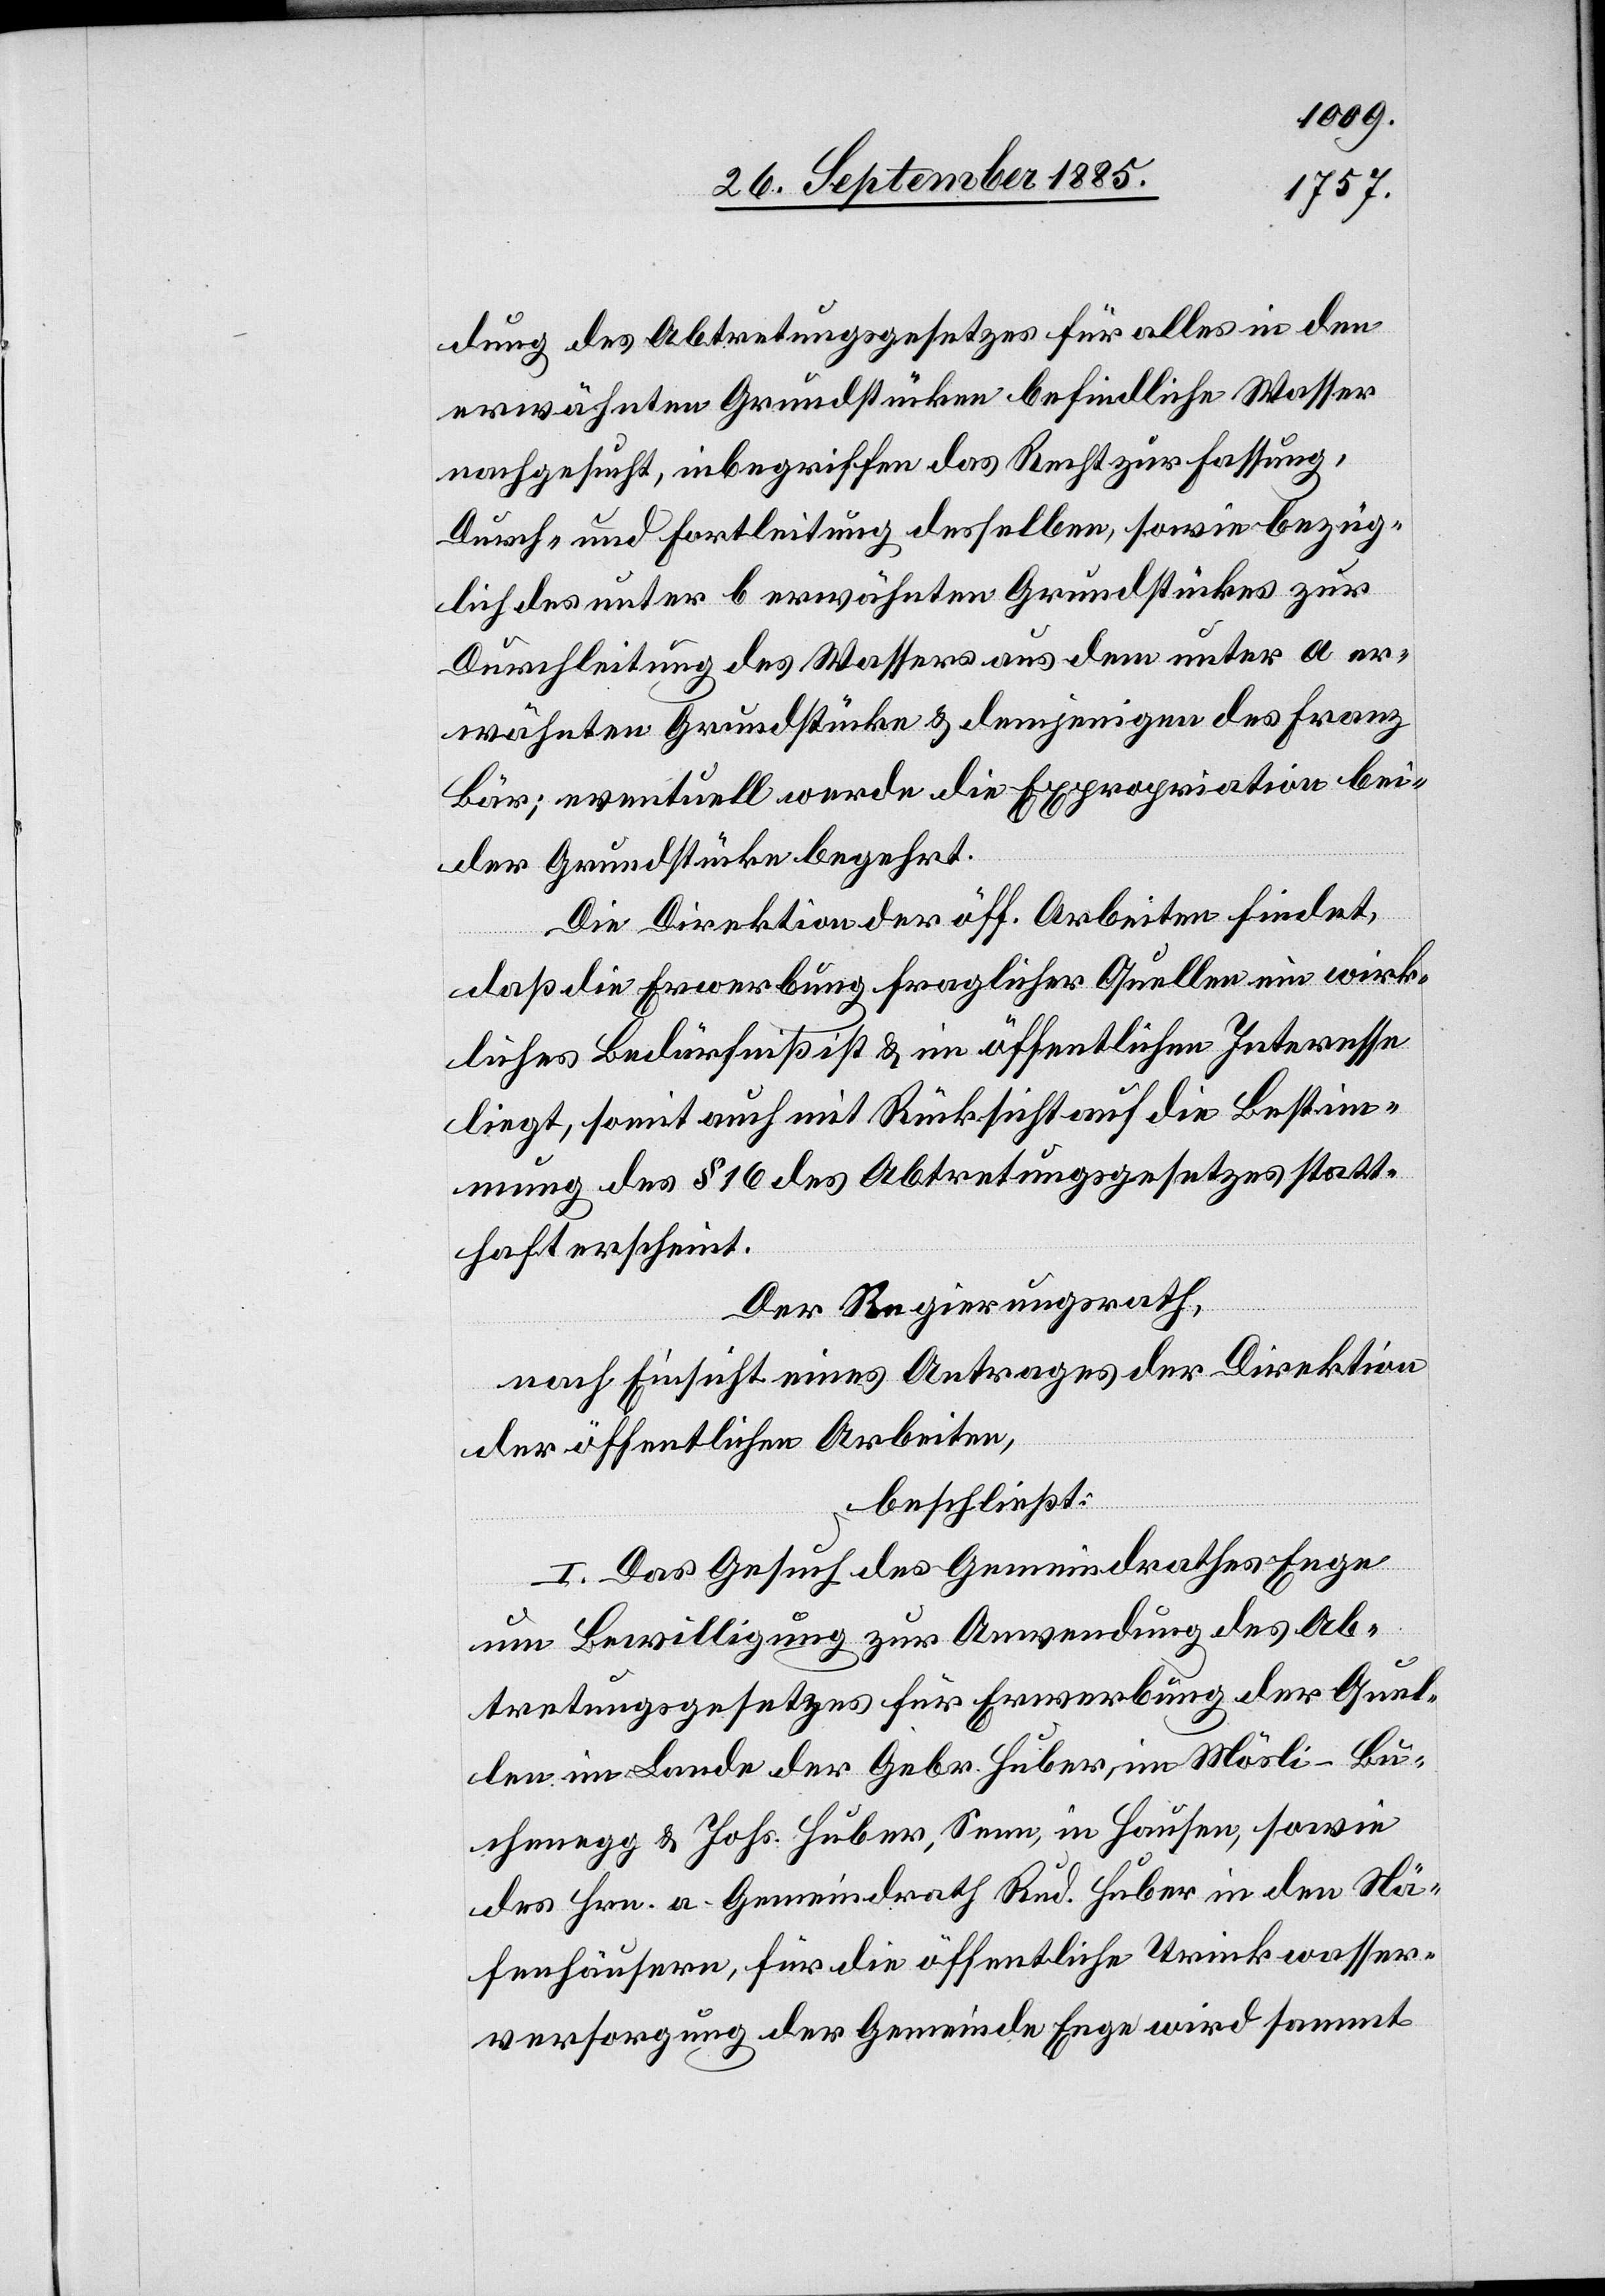
dung des Abtretungsgesetzes für alles in den
erwähnten Grundstücken befindliche Wasser
nachgesucht, inbegriffen das Recht zur Fassung,
Durch- und Fortleitung desselben, sowie bezüg¬
lich des unter b erwähnten Grundstückes zur
Durchleitung des Wassers aus dem unter a er¬
wähnten Grundstücke & demjenigen des Franz
Bär; eventuell werde die Expropriation bei¬
der Grundstücke begehrt.
Die Direktion der öff. Arbeiten findet,
daß die Erwerbung fraglicher Quellen ein wirk¬
liches Bedürfniß ist & im öffentlichen Interesse
liegt, somit auch mit Rücksicht auf die Bestim¬
mung des § 16 des Abtretungsgesetzes statt¬
haft erscheint.
Der Regierungsrath,
nach Einsicht eines Antrages der Direktion
der öffentlichen Arbeiten
beschließt:
I. Das Gesuch des Gemeindrathes Enge
um Bewilligung zur Anwendung des Ab¬
tretungsgesetzes für Erwerbung der Quel¬
len im Lande der Gebr. Huber, im Mösli - Bu¬
chenegg & Johs. Huber, Seen, in Hausen, sowie
des Hrn. a. Gemeindrath Rud. Huber in den Nä¬
fenhäusern, für die öffentliche Trinkwasser¬
versorgung der Gemeinde Enge wird sammt